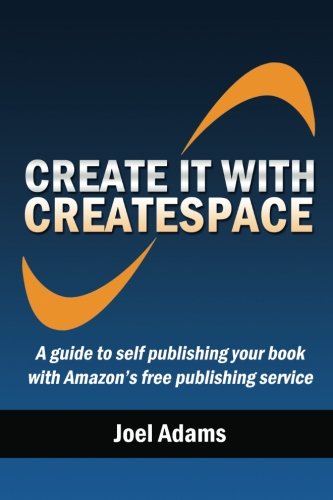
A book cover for Create it with CreateSpace: A guide to self publishing your book with Amazon's free publishing service; Joel Adams; Computers & Technology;